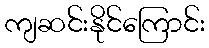
ကျဆင်းနိုင်ကြောင်း